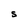
Character: s